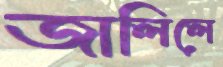
জালিলে